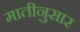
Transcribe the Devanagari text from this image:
मातीनुसार